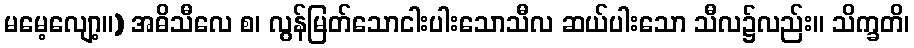
မမေ့လျော့။) အဓိသီလေ စ၊ လွန်မြတ်သောငါးပါးသောသီလ ဆယ်ပါးသော သီလ၌လည်း။ သိက္ခတိ၊